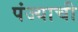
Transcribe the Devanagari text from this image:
पंज्याची